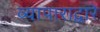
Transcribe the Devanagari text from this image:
व्यापाराद्वारे